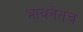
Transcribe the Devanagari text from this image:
भावनेतच